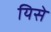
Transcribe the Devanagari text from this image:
यिसे